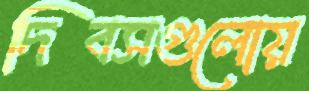
দিবসগুলোয়